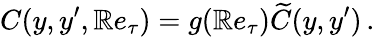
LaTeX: C(y,y^{\prime},\mathbb{R}e_{\tau})=g(\mathbb{R}e_{\tau})\widetilde{{C}}(y,y^{\prime})\, .